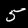
Digit: 5